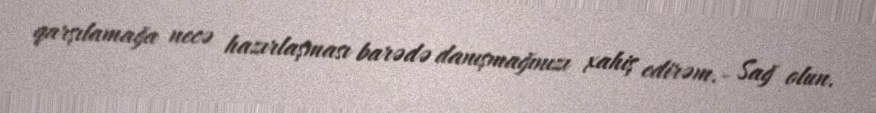
qarşılamağa necə hazırlaşması barədə danışmağınızı xahiş edirəm.- Sağ olun.